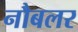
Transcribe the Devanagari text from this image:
नौबलर